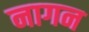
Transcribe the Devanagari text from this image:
नागन